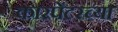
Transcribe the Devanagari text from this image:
कारपेंटरच्या